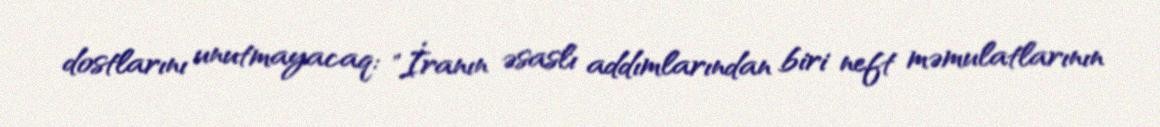
dostlarını unutmayacaq: "İranın əsaslı addımlarından biri neft məmulatlarının